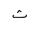
Letter: _tha